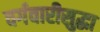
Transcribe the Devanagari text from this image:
वर्गवारीसुद्धा